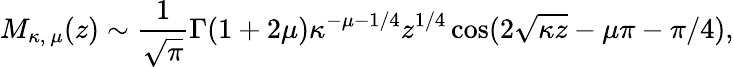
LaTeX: M_{\kappa,\ \mu}(z)\sim{\frac{1}{\sqrt{\pi}}}\Gamma(1+2\mu)\kappa^{-\mu-1/4}z^{1/4}\cos(2\sqrt{\kappa z}-\mu\pi-\pi/4),